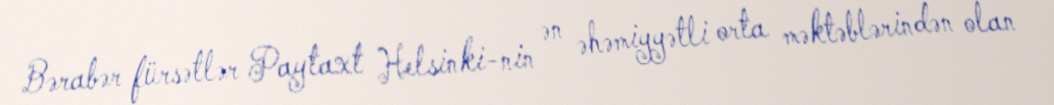
Bərabər fürsətlər Paytaxt Helsinki-nin ən əhəmiyyətli orta məktəblərindən olan